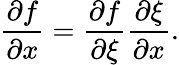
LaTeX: \frac{\partial f}{\partial x}=\frac{\partial f}{\partial\xi}\frac{\partial\xi}{\partial x}.